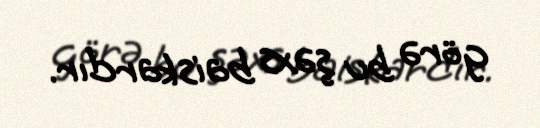
görə bu şəxs baiskardır.